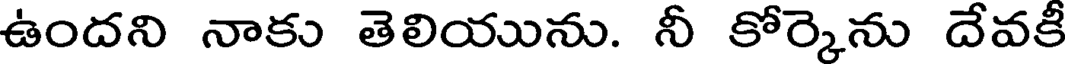
ఉందని నాకు తెలియును. నీ కోర్కెను దేవకీ